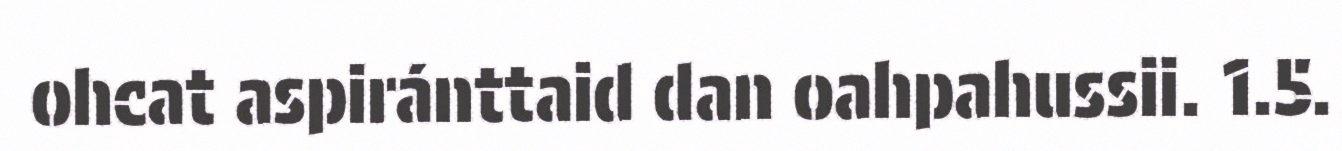
ohcat aspiránttaid dan oahpahussii. 1.5.